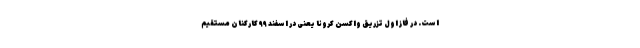
است. در فاز اول تزریق واکسن کرونا یعنی در اسفند ۹۹ کارکنان مستقیم